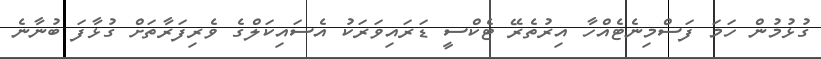
ގުޅުމުން ހަމަ ފަސްމިނެޓެއްހާ އިރުތެރޭ ޓެކްސީ ޑަރައިވަރަކު އެސައިކަލްގެ ވެރިފަރާތަށް ގުޅާފަ ބުނާނެ